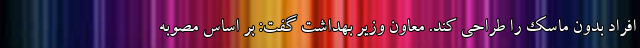
افراد بدون ماسک را طراحی کند. معاون وزیر بهداشت گفت: بر اساس مصوبه